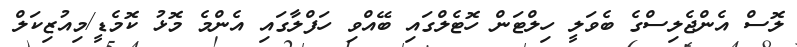
ލޮސް އެންޖެލިސްގެ ބެވަލީ ހިލްޓަން ހޮޓެލްގައި ބޭއްވި ހަފްލާގައި އެންމެ މޮޅު ކޮމެޑީ/މިއުޒިކަލް